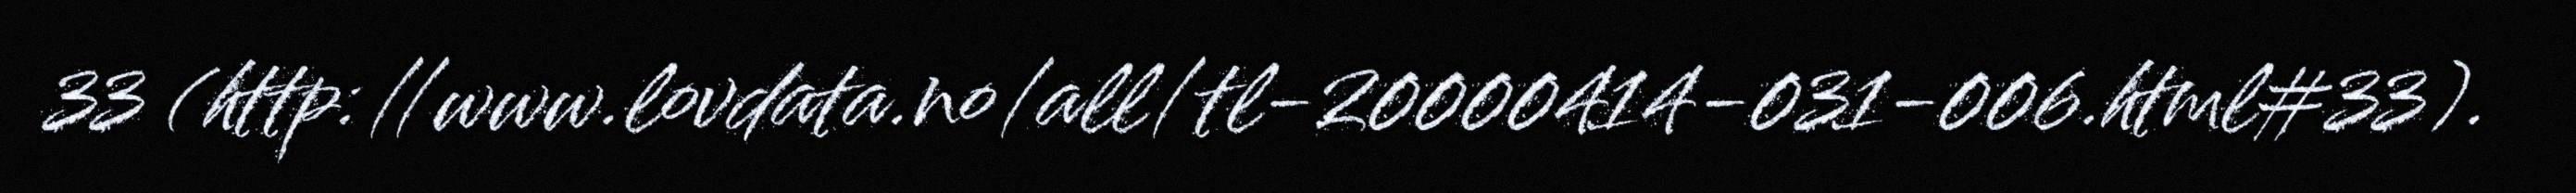
33 (http://www.lovdata.no/all/tl‐20000414‐031‐006.html#33).